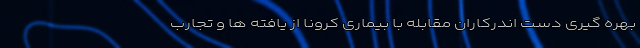
بهره گیری دست اندرکاران مقابله با بیماری کرونا از یافته ها و تجارب